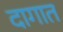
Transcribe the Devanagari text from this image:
दागात